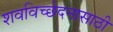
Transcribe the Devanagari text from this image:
शवविच्छेदनासाठी